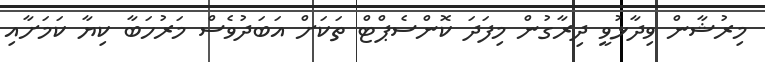
މިރުޝާން ވިދާޅުވީ ދިރާގުން މިފަދަ ކޮންސެޕްޓް ތަކަށް އަބަދުވެސް މަރުހަބާ ކިޔާ ކަމަށާއި